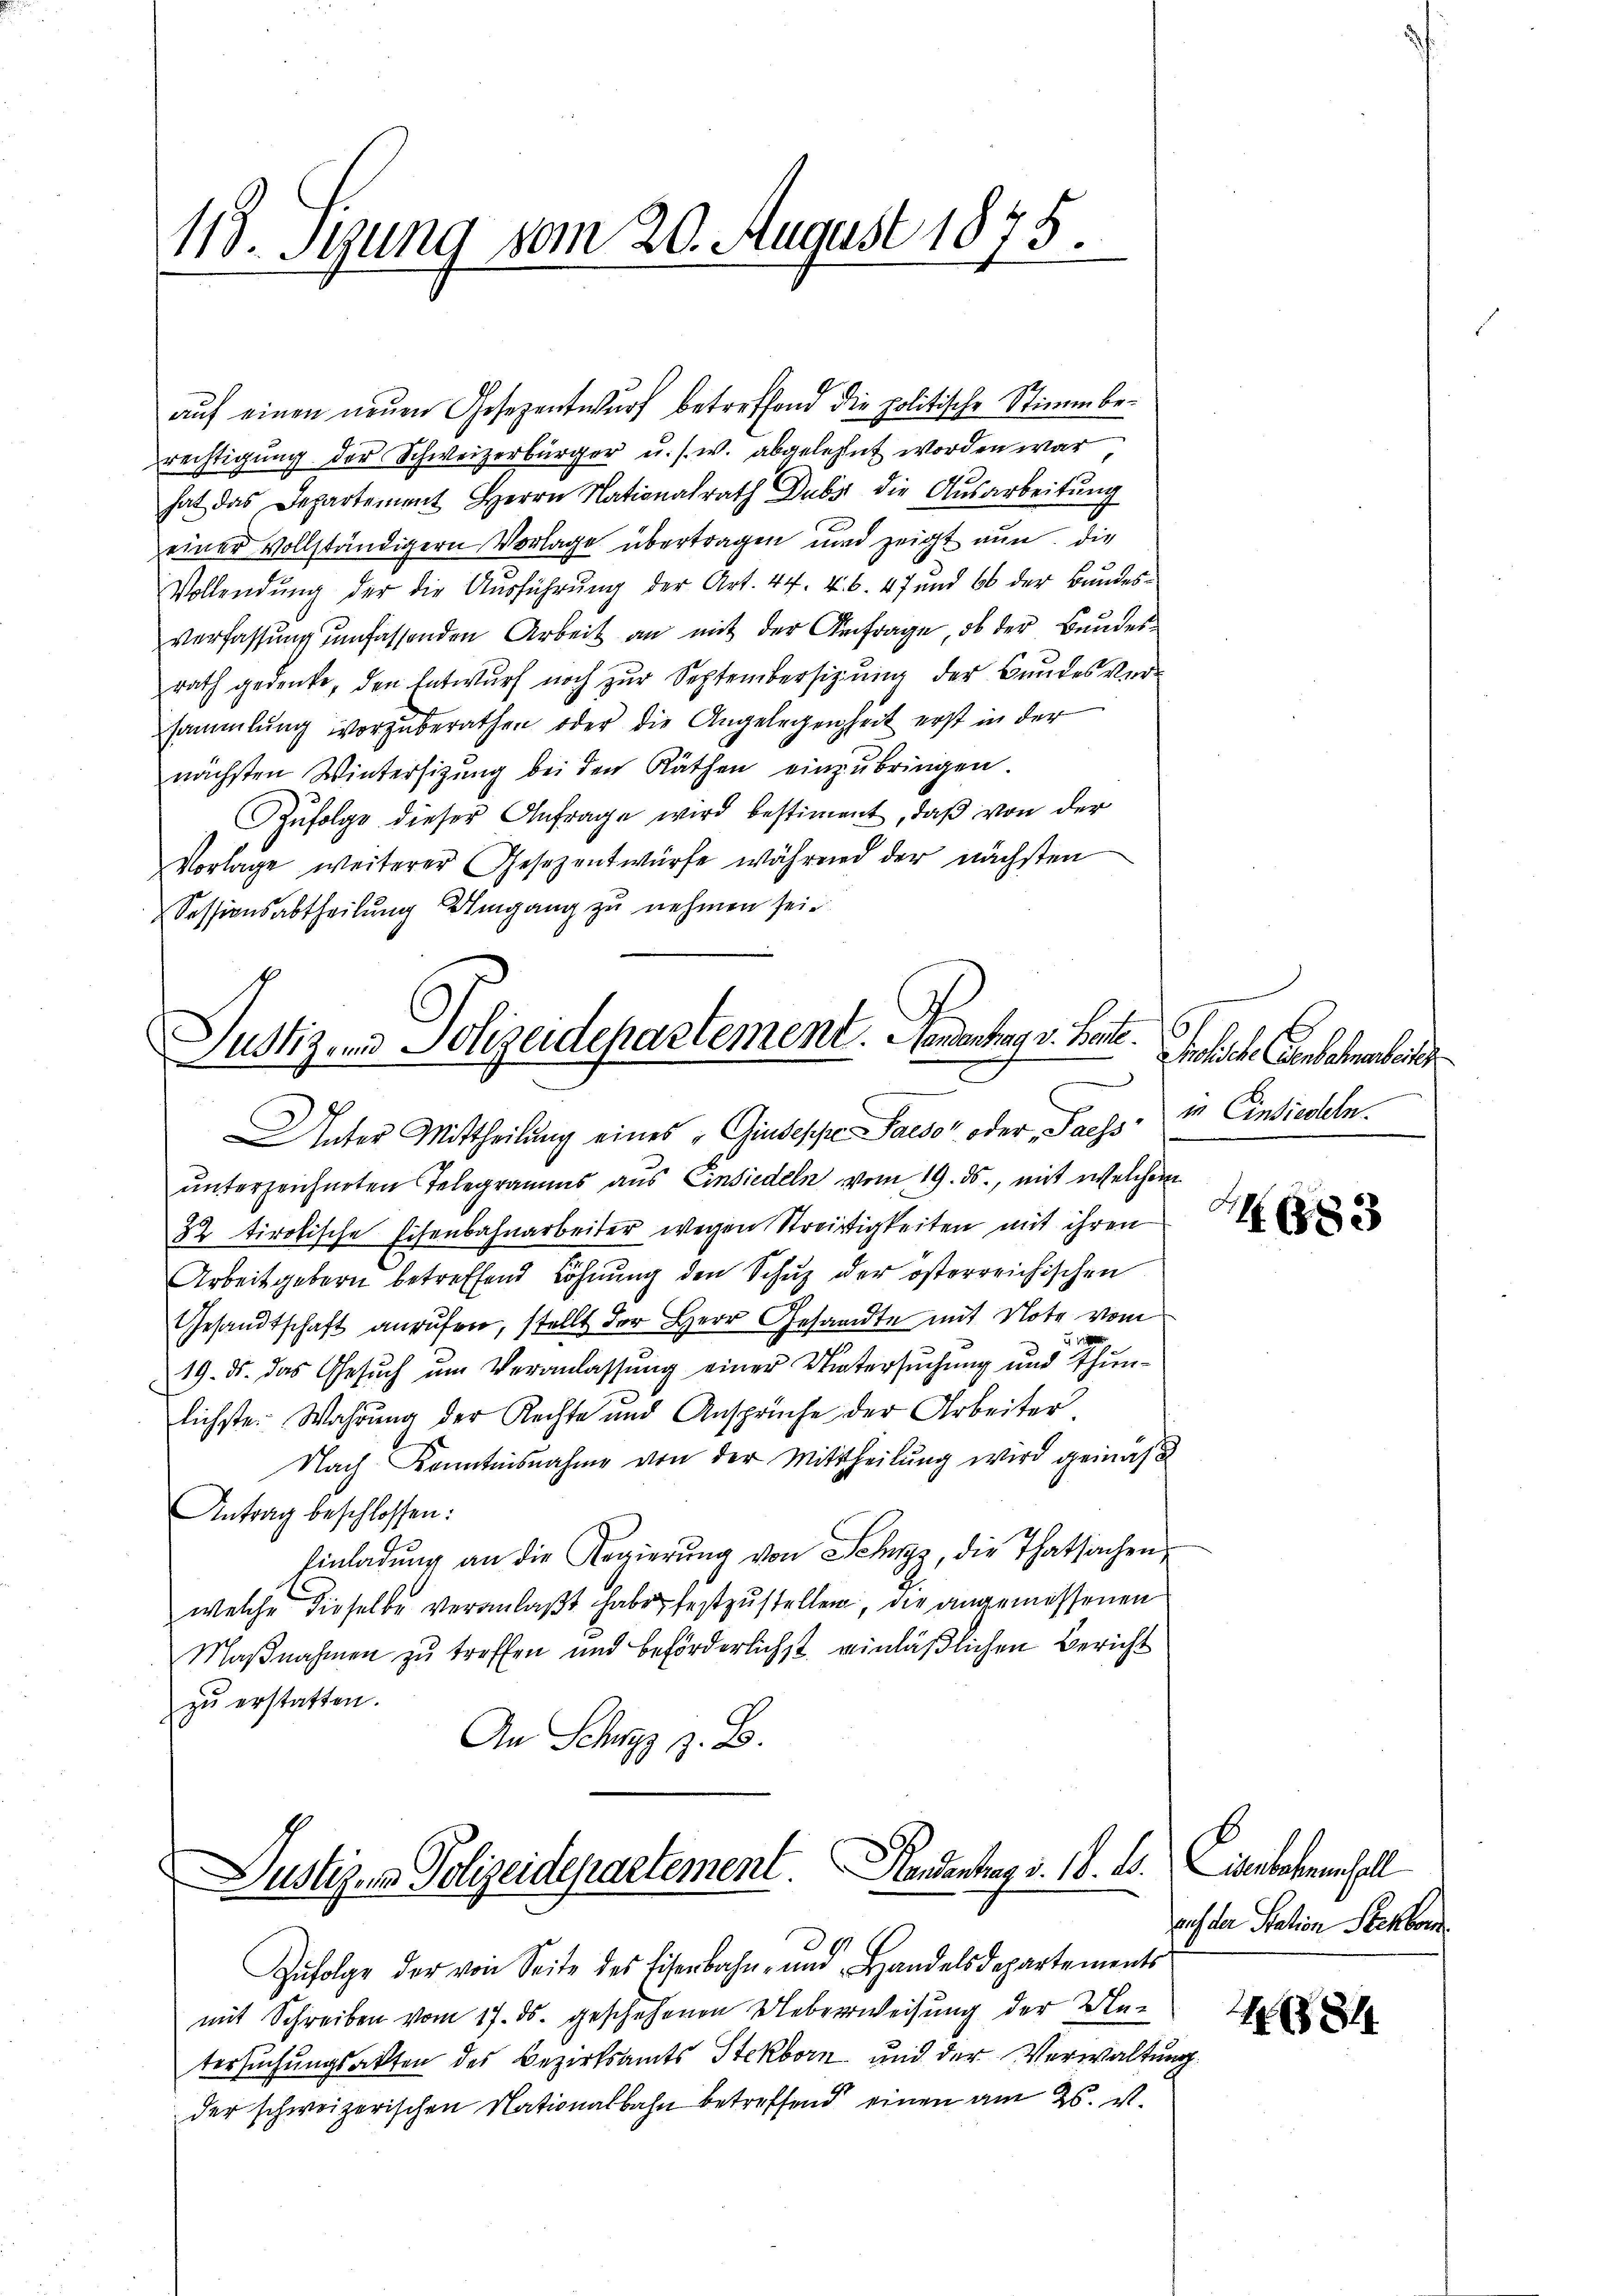
118. Stung vom 20. August 1875.

auf einen neuen Gesezentwurf betreffend die politische Stimmberechtigung der Schweizerbürger u. s. w. abgelehnt worden war
hat das Departement Herrn Nationalrath Dubs die Ausarbeitung
einer vollständigern Vorlage übertragen und zeigt nun die
Vollendung der die Ausführung der Art. 44. u. 6. 47 und 66 der Bundesverfassung umfassenden Arbeit an mit der Anfrage, ob der Bundesrath gedenke, den Entwurf noch zur Septembersizung der Bundes versammlung vorzuberathen oder die Angelegenheit erst in der
nächsten Wintersitzŭng bei den Räthen einzŭbringen.
Zufolge dieser Anfrage wird bestimmt, daß von der
Vorlage weiterer Gesezentwürfe während der nächsten
Sessionsabtheilung Umgang zu nehmen sei.

Justiz und Polizeidepartement. Gendantrag v. Bente.

Unter Mittheilung eines „GiuseppeSaeso" oder Sachs in Einsiedeln.
unterzeichneten Telegramms aus Einsiedeln vom 19. ds., mit welchem
82 tirokische Eisenbahnarbeiter wegen Streitigkeiten mit ihren
Arbeit gebern betreffend Löhnung den Schuz der österreichischen
Gesandtschaft anrufen, stellt der Herr Gesandte mit Note vom
w
19. ds. das Gesuch um Veranlassung einer Untersuchung und Thunlichste Wahrung der Rechte und Ansprüche der Arbeiter.
Nach Kenntnisnahme von der Mittheilŭng wird gemäß
Antrag beschlossen:
Einladung an die Regierŭng von Schwyz, die Thatsachen
welche dieselbe veranlaßt habe, festzustellen, die angemessenen
Maßnahmen zu treffen und beförderlichst einläßlichen Bericht
zŭ erstatten.
An Schwyz z. B.

Justiz in Polizeidepartement. Handentrag v. 18. ds.

n

holische Genehmen bei

Zŭfolge der von Seite des Eisenbahn- und Handelsdepartements
mit Schreiben vom 17. ds. geschehenen Ueberweisung der Untersuchungsakten des Bezirksamts Stekborn und der Verwaltung.
der schweizerischen Nationalbahn betreffend einen am 26. v.

M. 1883

Cierbenenfall
auf der Station Steckborn.

181